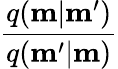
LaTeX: \frac{q(\mathbf{m}|\mathbf{m^{\prime}})}{q(\mathbf{m^{\prime}}|\mathbf{m})}